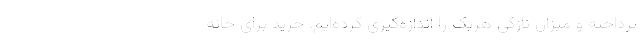
پرداخته و میزان تازگی هریک را اندازه‌گیری کرده‌ایم. خرید برای خانه